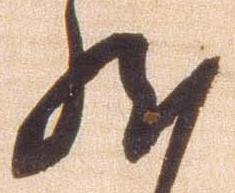
然